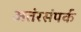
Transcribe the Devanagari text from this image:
अतंरसंपर्क